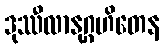
ဒုဿီလာနုဂ္ဂဟိတေန